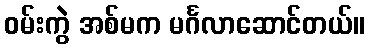
ဝမ်းကွဲ အစ်မက မင်္ဂလာဆောင်တယ်။